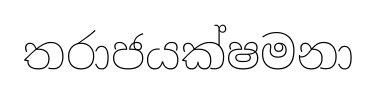
තරාජයක්ෂමනා